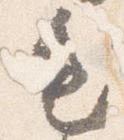
毛